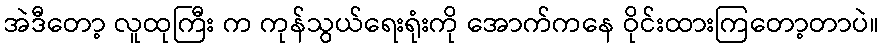
အဲဒီတော့ လူထုကြီး က ကုန်သွယ်ရေးရုံးကို အောက်ကနေ ဝိုင်းထားကြတော့တာပဲ။